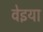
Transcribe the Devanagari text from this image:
वेइया